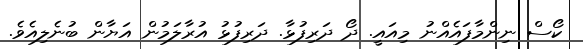
ކޯސް ނިންމާފައެއްނު މިއައީ. ދޯ ދަރިފުޅާ. ދަރިފުޅު އުރާލަމުން އަޔާން ބުނެލިއެވެ.